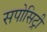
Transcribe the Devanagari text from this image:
सपोसिट्री